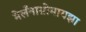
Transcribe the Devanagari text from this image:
मेलँनाग्रोमायझा